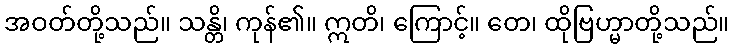
အဝတ်တို့သည်။ သန္တိ၊ ကုန်၏။ ဣတိ၊ ကြောင့်။ တေ၊ ထိုဗြဟ္မာတို့သည်။